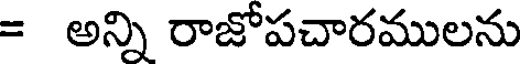
= అన్ని రాజోపచారములను